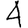
Digit: 4